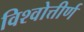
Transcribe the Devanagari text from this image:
विश्वोत्तीर्ण